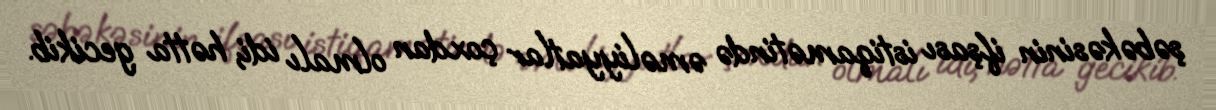
şəbəkəsinin ifşası istiqamətində əməliyyatlar çoxdan olmalı idi, hətta gecikib.